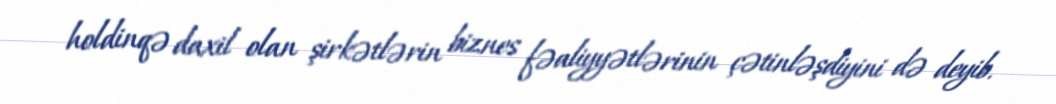
holdinqə daxil olan şirkətlərin biznes fəaliyyətlərinin çətinləşdiyini də deyib.